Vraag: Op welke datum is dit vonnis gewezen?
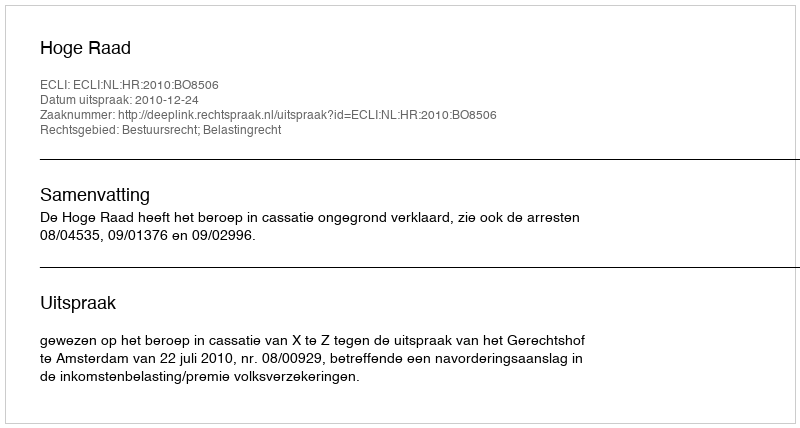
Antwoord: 2010-12-24